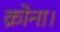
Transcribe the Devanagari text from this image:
क्रोना।